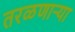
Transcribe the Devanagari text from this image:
तरळणाऱ्या